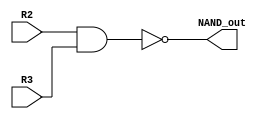
`timescale 1ns / 1ps
//////////////////////////////////////////////////////////////////////////////////
// Company: 
// Engineer: 
// 
// Design Name: 
// Module Name:    NAND_1_bit 
// Project Name: 
// Target Devices: 
// Tool versions: 
// Description: 
//
// Dependencies: 
//
// Revision: 
// Revision 0.01 - File Created
// Additional Comments: 
//
//////////////////////////////////////////////////////////////////////////////////
module NAND_1_bit(NAND_out, R2, R3);

input 	R2, R3;
output	NAND_out;
wire		AND_out;

and	A1	(AND_out, R2, R3);
not	N1	(NAND_out, AND_out);

endmodule